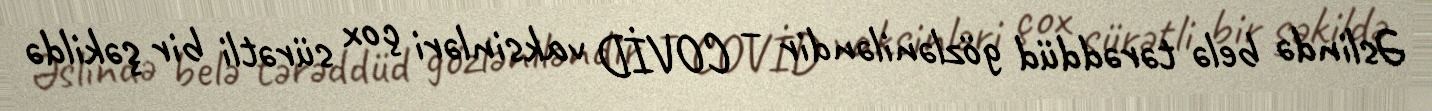
Əslində belə tərəddüd gözləniləndir – COVİD vaksinləri çox sürətli bir şəkildə